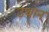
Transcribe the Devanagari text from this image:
उथान